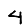
Digit: 4